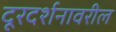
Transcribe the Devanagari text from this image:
दूरदर्शनावरील